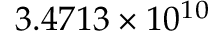
3 . 4 7 1 3 \times 1 0 ^ { 1 0 }